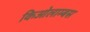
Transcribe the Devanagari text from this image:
किओलाम्बस